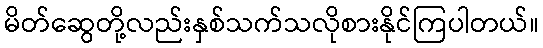
မိတ်ဆွေတို့လည်းနှစ်သက်သလိုစားနိုင်ကြပါတယ်။